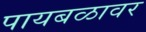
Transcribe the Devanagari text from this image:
पायबळावर